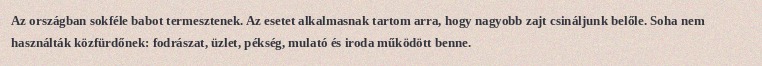
Az országban sokféle babot termesztenek. Az esetet alkalmasnak tartom arra, hogy nagyobb zajt csináljunk belőle. Soha nem használták közfürdőnek: fodrászat, üzlet, pékség, mulató és iroda működött benne.